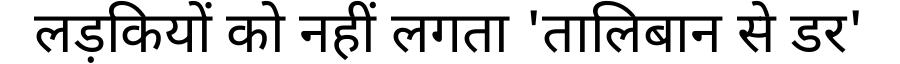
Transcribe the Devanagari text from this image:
लड़कियों को नहीं लगता 'तालिबान से डर'